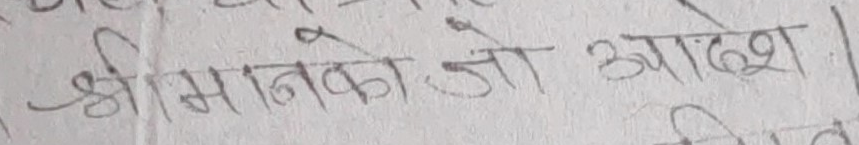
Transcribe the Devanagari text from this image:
श्रीमानको जो आदेश |